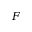
F